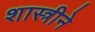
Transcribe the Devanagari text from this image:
शास्त्रीने